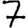
Digit: 7